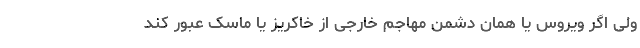
ولی اگر ویروس یا همان دشمن مهاجم خارجی از خاکریز یا ماسک عبور کند